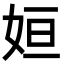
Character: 姮